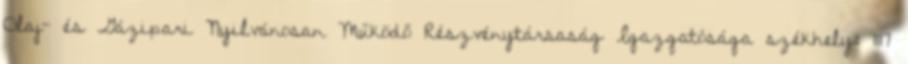
Olaj- és Gázipari Nyilvánosan Működő Részvénytársaság Igazgatósága székhely: 1117